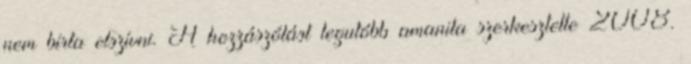
nem bírta elszívni. A hozzászólást legutóbb amanita szerkesztette 2008.